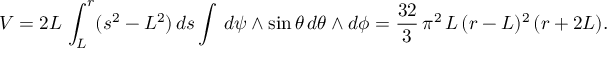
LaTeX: V = 2 L \, \int _ { L } ^ { r } ( s ^ { 2 } - L ^ { 2 } ) \, d s \int \, d \psi \wedge \sin \theta \, d \theta \wedge d \phi = \frac { 3 2 } { 3 } \, \pi ^ { 2 } \, L \, ( r - L ) ^ { 2 } \, ( r + 2 L ) .